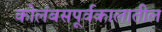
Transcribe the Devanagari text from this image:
कोलंबसपूर्वकालातील